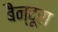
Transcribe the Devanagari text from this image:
बैन्दूरा